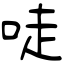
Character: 唗